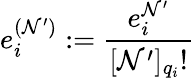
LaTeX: e_{i}^{(\mathcal{N}^{\prime})}:=\frac{{e_{i}^{\mathcal{N}^{\prime}}}}{{[\mathcal{N}^{\prime}]_{q_{i}}!}}